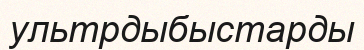
ультрдыбыстарды